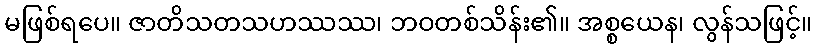
မဖြစ်ရပေ။ ဇာတိသတသဟဿဿ၊ ဘဝတစ်သိန်း၏။ အစ္စယေန၊ လွန်သဖြင့်။